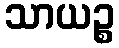
သာယဉ္စ